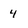
Character: 4